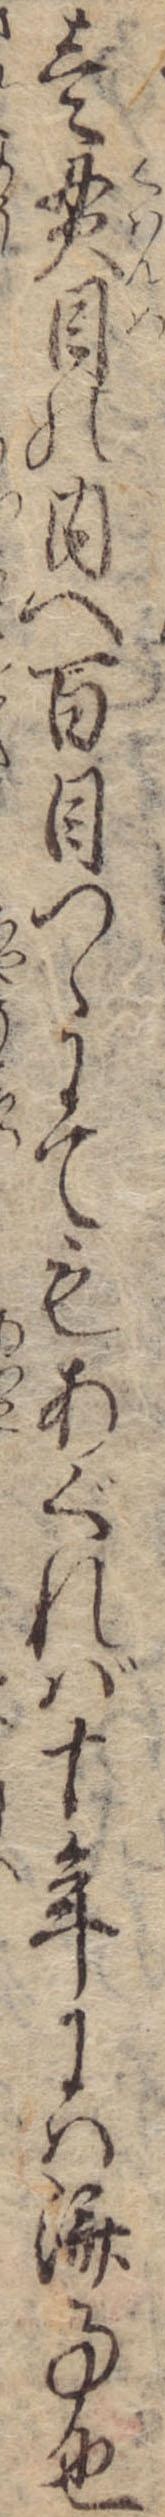
壱貫目の内へ百目つゝにてもあぐれば十年には済事也